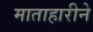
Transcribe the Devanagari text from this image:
माताहारीने